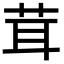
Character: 茸